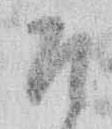
そ